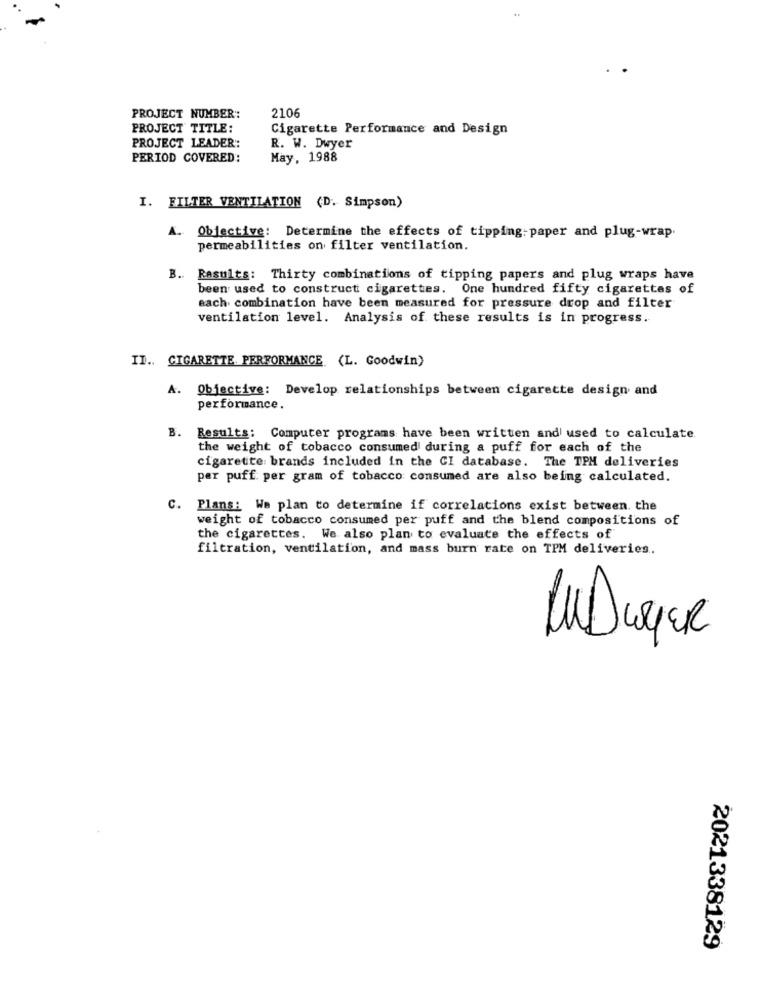
PROJECT NUMBER:
2106
PROJECT TITLE:
Cigarette Performance and Design
PROJECT LEADER ::
R. W. Dwyer
PERIOD COVERED:
May, 1988
I. FILTER VENTILATION (D. Simpson)
A. Objective: Determine the effects of tipping-paper and plug-wrap.
permeabilities on filter ventilation.
B. Results: Thirty combinations of tipping papers and plug wraps have
been used to construct cigarettes. One hundred fifty cigarettes of
each combination have been measured for pressure drop and filter
ventilation level. Analysis of these results is in progress.
II .. CIGARETTE. PERFORMANCE (L. Goodwin)
A. Objective: Develop relationships between cigarette design and
performance.
B. Results: Computer programs have been written and used to calculate.
the weight of tobacco consumed during a puff for each of the
cigarette brands included in the CI database. The TPM deliveries
per puff per gram of tobacco consumed are also being calculated.
C. Plans: We plan to determine if correlations exist between. the
weight of tobacco consumed per puff and the blend compositions of
the cigarettes. We also plan to evaluate the effects of
filtration, ventilation, and mass burn rate on TPM deliveries.
2021338129